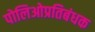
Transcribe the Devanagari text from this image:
पोलिओप्रतिबंधक